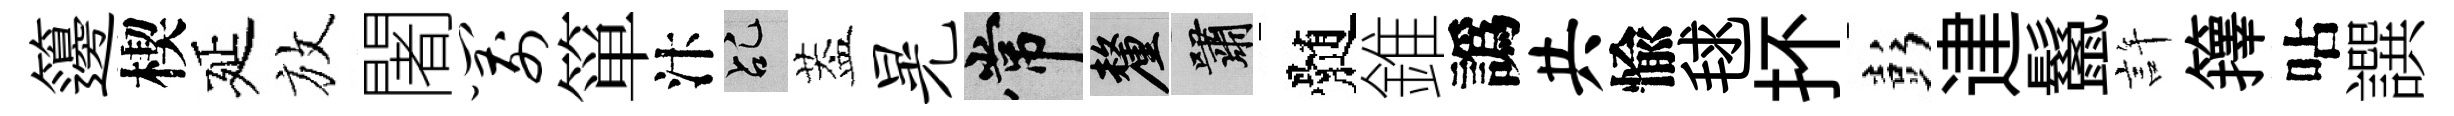
籩楔延放闍箭箪汴乩葢晃常厘嘯髄錐譌共愉毬抔彭䢖鬣許籜呫譔